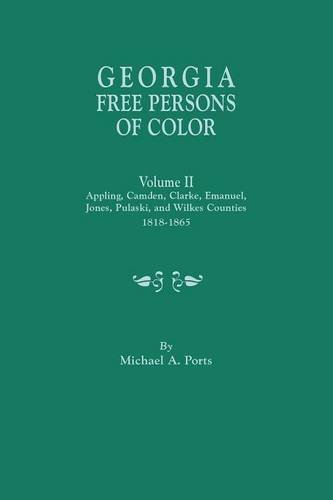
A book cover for Georgia Free Persons of Color. Volume II: Appling, Camden, Clarke, Emanuel, Jones, Pulaski, and Wilkes Counties, 1818-1865; Michael A. Ports; Reference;